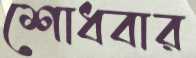
শোধবার